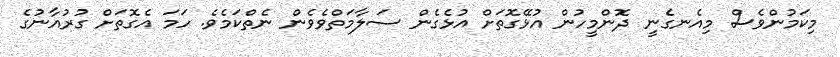
މިކަމުންވެސް މިއެނގެނީ ދޮންމީހުން އުޅޭގޮތަށް އުޅެގެން ސަލާމަތްވެވެން ނެތްކަމެވެ. ހަމަ އެގޮތަށް ގުރުއާނުގެ